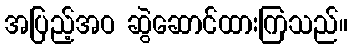
အပြည့်အဝ ဆွဲဆောင်ထားကြသည်။